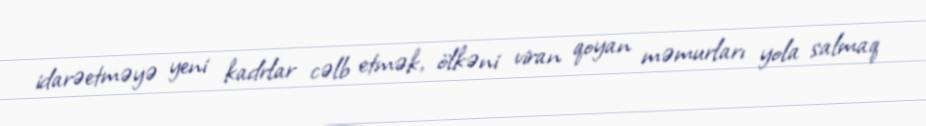
idarəetməyə yeni kadrlar cəlb etmək, ölkəni viran qoyan məmurları yola salmaq